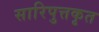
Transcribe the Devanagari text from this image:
सारिपुत्तकृत